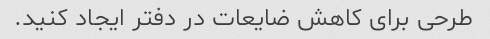
طرحی برای کاهش ضایعات در دفتر ایجاد کنید.